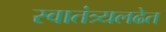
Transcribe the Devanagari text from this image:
स्वातंत्र्यलढेत